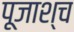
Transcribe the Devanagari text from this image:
पूजाश्‍च